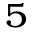
^ { 5 }